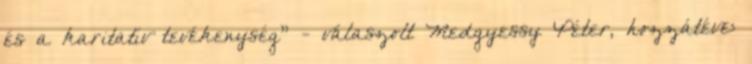
és a karitatív tevékenység" - válaszolt Medgyessy Péter, hozzátéve: